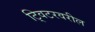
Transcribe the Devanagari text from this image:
ट्विटरवरील